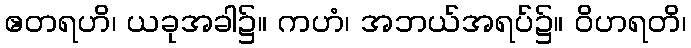
ဧတရဟိ၊ ယခုအခါ၌။ ကဟံ၊ အဘယ်အရပ်၌။ ဝိဟရတိ၊